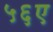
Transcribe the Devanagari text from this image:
५६ए